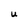
Character: U